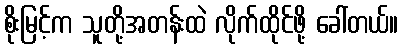
စိုးမြင့်က သူတို့အတန်းထဲ လိုက်ထိုင်ဖို့ ခေါ်တယ်။